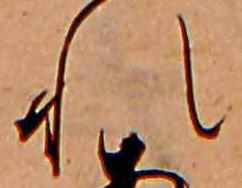
れ